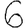
Digit: 6